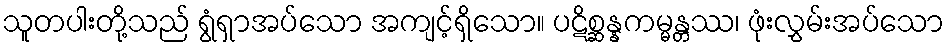
သူတပါးတို့သည် ရွံရှာအပ်သော အကျင့်ရှိသော။ ပဋိစ္ဆန္နကမ္မန္တဿ၊ ဖုံးလွှမ်းအပ်သော